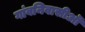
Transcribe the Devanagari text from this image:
गांवनिवासीऒं